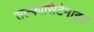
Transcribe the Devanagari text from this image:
सल्फासिटेमाइड